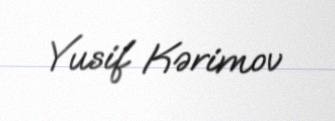
Yusif Kərimov